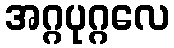
အဂ္ဂပုဂ္ဂလေ